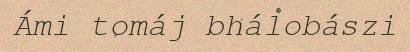
Ámi tomáj bhálobászi